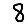
Digit: 8